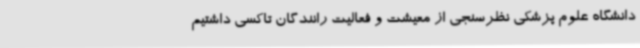
دانشگاه علوم پزشکی نظرسنجی از معیشت و فعالیت رانندگان تاکسی داشتیم